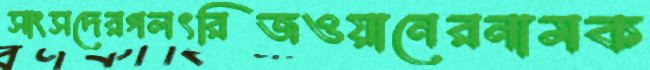
সাংসদেরগলৎরিজওয়ানেরনামক